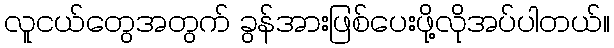
လူငယ်တွေအတွက် ခွန်အားဖြစ်ပေးဖို့လိုအပ်ပါတယ်။